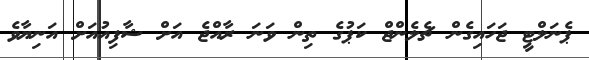
ޕެނަލްޓީ ޖަހައިގެން ޗެލެންޖް ކަޕުގެ ތިން ވަނަ ރާއްޖެ އަށް ޝާފިއުއަށް އަނިޔާވެ